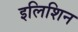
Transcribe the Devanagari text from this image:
इलिशिन